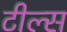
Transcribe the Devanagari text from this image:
टील्स